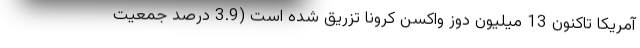
آمریکا تاکنون 13 میلیون دوز واکسن کرونا تزریق شده است (3.9 درصد جمعیت